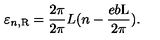
\varepsilon _ { n , \mathrm { R } } = \frac { 2 \pi } { 2 \pi } { L } ( n - \frac { e b \mathrm { L } } { 2 \pi } ) .